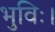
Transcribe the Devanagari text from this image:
भुविः।